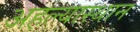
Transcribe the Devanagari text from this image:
अहल्यास्थान